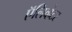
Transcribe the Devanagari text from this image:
ऍलिव्हेटर